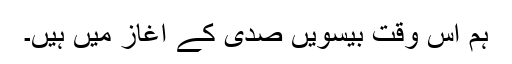
ہم اس وقت بیسویں صدی کے آغاز میں ہیں۔